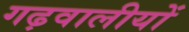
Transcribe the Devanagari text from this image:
गढ़वालीयों